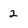
Character: 2